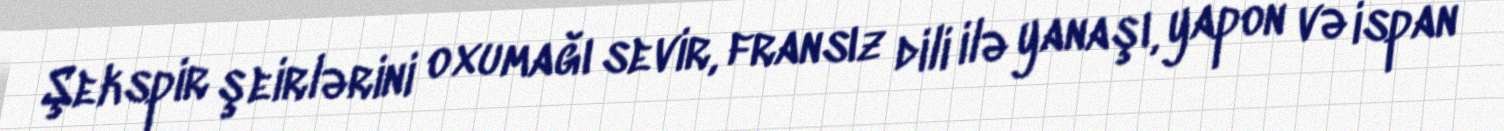
Şekspir şeirlərini oxumağı sevir, fransız dili ilə yanaşı, yapon və ispan